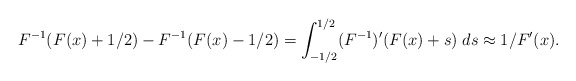
\begin{align*} F^{-1}(F(x)+1/2) - F^{-1}(F(x)-1/2) = \int_{-1/2}^{1/2} (F^{-1})'(F(x)+s)\; ds \approx 1/F'(x). \end{align*}